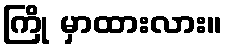
ကြို မှာထားလား။